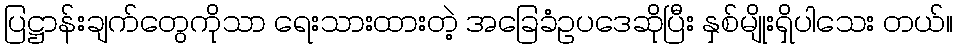
ပြဋ္ဌာန်းချက်တွေကိုသာ ရေးသားထားတဲ့ အခြေခံဥပဒေဆိုပြီး နှစ်မျိုးရှိပါသေး တယ်။